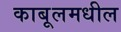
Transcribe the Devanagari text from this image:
काबूलमधील